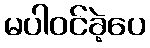
မပါဝင်ခဲ့ပေ